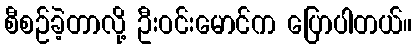
စီစဉ်ခဲ့တာလို့ ဦးဝင်းမောင်က ပြောပါတယ်။